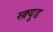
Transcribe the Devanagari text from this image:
स्क्र्युड